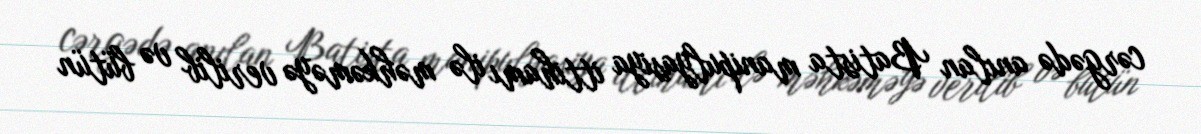
cərgədə anılan Batista manipulyasiya ittihamı ilə məhkəməyə verilib və bütün